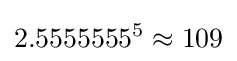
2.5555555^{5}\approx 109